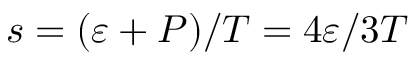
s = ( \varepsilon + P ) / T = 4 \varepsilon / 3 T